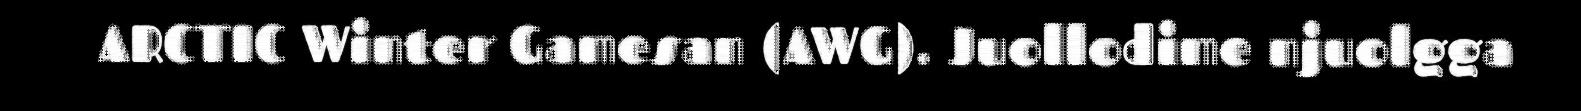
ARCTIC Winter Gamesan (AWG). Juollodime njuolgga